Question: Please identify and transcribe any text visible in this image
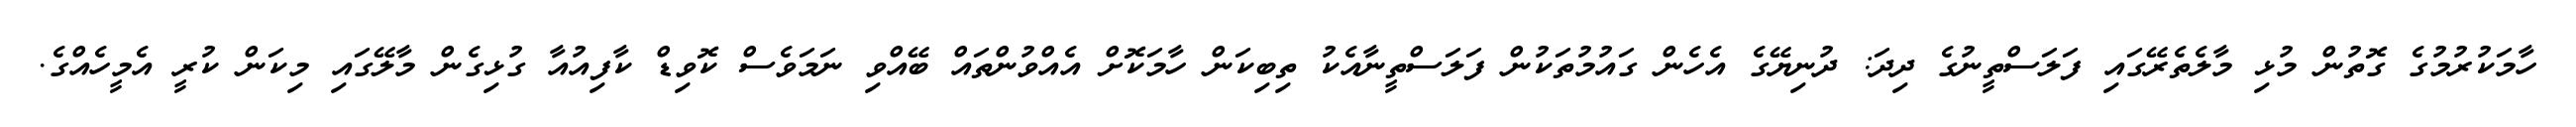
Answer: ހާމަކުރުމުގެ ގޮތުން މުޅި މާލެތެރޭގައި ފަލަސްތީނުގެ ދިދަ: ދުނިޔޭގެ އެހެން ގައުމުތަކުން ފަލަސްތީނާއެކު ތިބިކަން ހާމަކޮށް އެއްވުންތައް ބޭއްވި ނަމަވެސް ކޮވިޑް ކާފިއުއާ ގުޅިގެން މާލޭގައި މިކަން ކުރީ އެމީހެއްގެ.